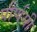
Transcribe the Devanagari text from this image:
पौर्णमी